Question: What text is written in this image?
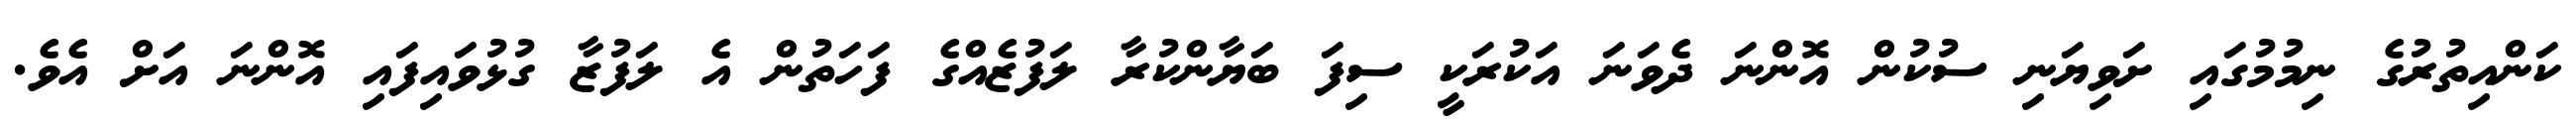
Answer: ކަންއިތުރުގެ ނިމުމުގައި ށަވިޔަނި ސުކުން އޮންނަ ދެވަނަ އަކުރަކީ ސިފަ ބަޔާންކުރާ ލަފުޒެއްގެ ފަހަތުން އެ ލަފުޒާ ގުޅުވައިފައި އޮންނަ އަށް އެވެ.